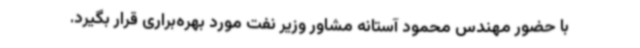
با حضور مهندس محمود آستانه مشاور وزیر نفت مورد بهره‌براری قرار بگیرد.